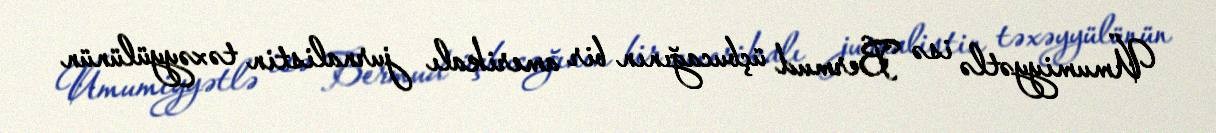
Ümumiyyətlə isə Bermud üçbucağının bir amerikalı jurnalistin təxəyyülünün